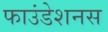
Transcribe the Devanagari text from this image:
फाउंडेशनस